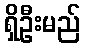
ရှိဦးမည်